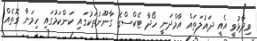
ވިދާޅުވީ އެއީ ދައުލަތައް އާމްދަނީ ހޯދާ ޓެކްސްގެ ގާނޫނުތަކުގައި ކަންކަމުގައި ހިމަނާ ގޮތެއް